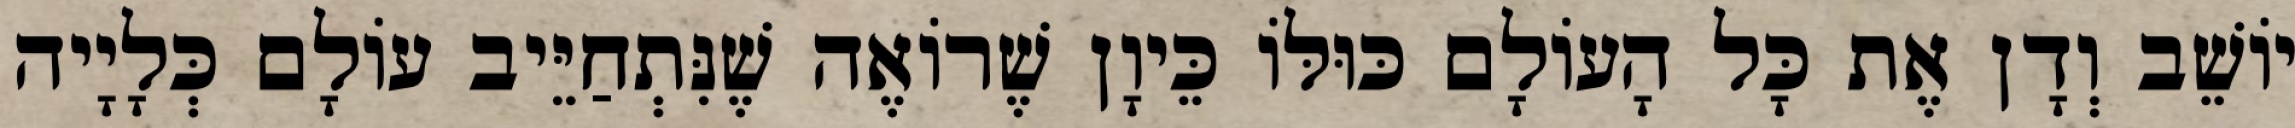
יוֹשֵׁב וְדָן אֶת כָּל הָעוֹלָם כּוּלּוֹ כֵּיוָן שֶׁרוֹאֶה שֶׁנִּתְחַיֵּיב עוֹלָם כְּלָיָיה